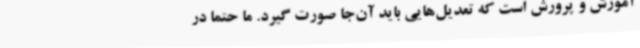
آموزش و پرورش است که تعدیل‌هایی باید آن‌جا صورت گیرد. ما حتماً در